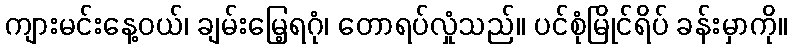
ကျားမင်းနေ့ဝယ်၊ ချမ်းမြေ့ရဂုံ၊ တောရပ်လှုံသည်။ ပင်စုံမြိုင်ရိပ် ခန်းမှာကို။